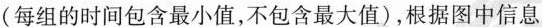
(每组的时间包含最小值，不包含最大值)，根据图中信息